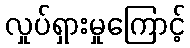
လှုပ်ရှားမှုကြောင့်